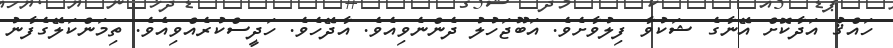
ހައްޤު އަދާކޮށް އޭނާގެ ޝަކުވާ ފިލުވާށެވެ. އަބޫޖަހުލު ދެންނެވިއެވެ. އާދޭހެވެ. ހަދީސްކުރެއްވިއެވެ. ތިމަންކަލޭގެފާނު